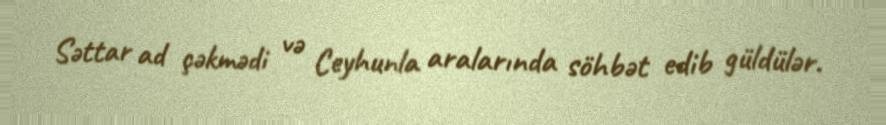
Səttar ad çəkmədi və Ceyhunla aralarında söhbət edib güldülər.